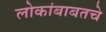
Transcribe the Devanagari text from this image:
लोकांबाबतचे